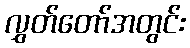
လွှတ်တော်အတွင်း